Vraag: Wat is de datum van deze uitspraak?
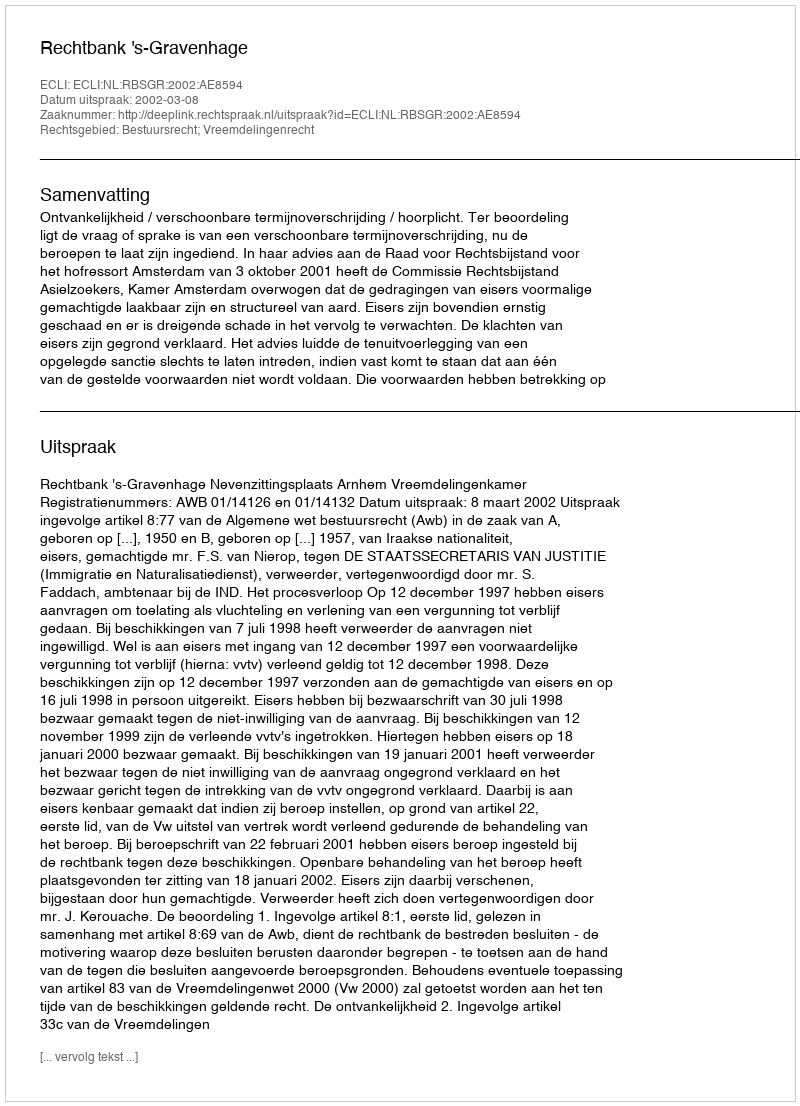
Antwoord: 2002-03-08